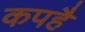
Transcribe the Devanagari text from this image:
कपहै